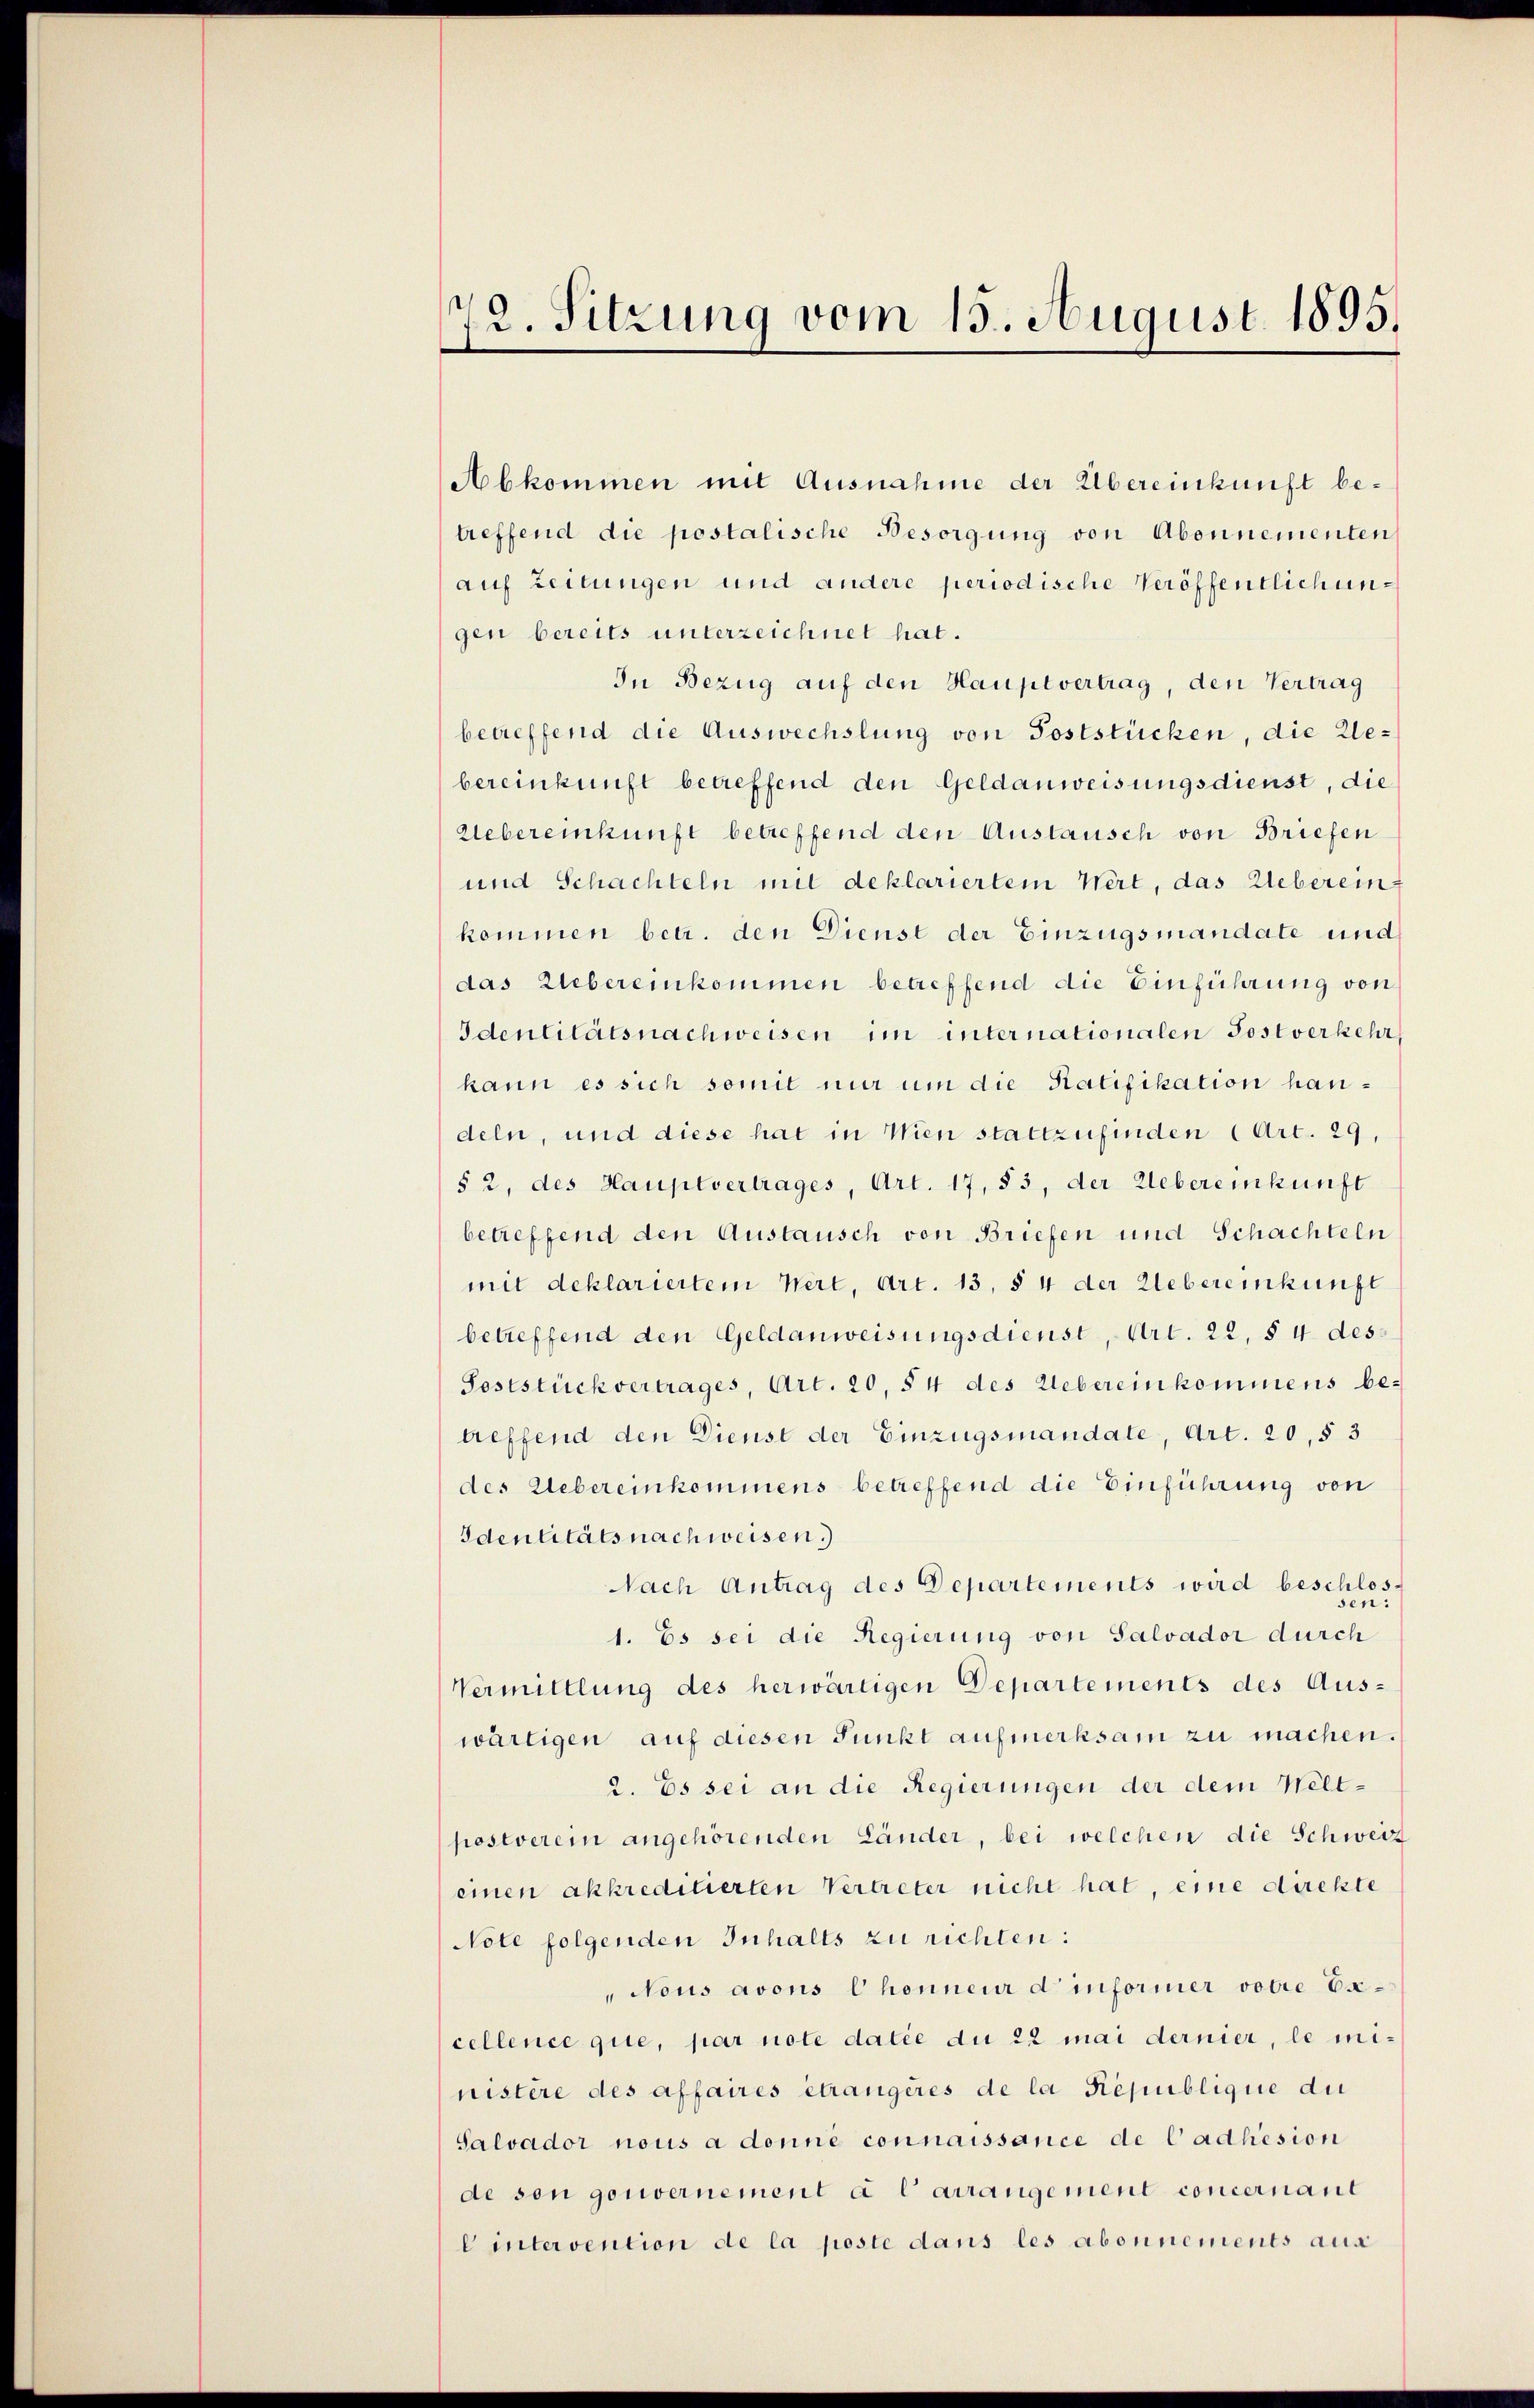
72. Sitzung vom 15. August 1895.

Abkommen mit Ausnahme der Übereinkunft betreffend die postolische Besorgung von Abonnementen
auf Zeitungen und andere periodische Veröffentlich ungen bereits unterzeichnet hat.
In Bezug auf den Hauptvertrag, den Vertrag
betreffend die Auswechslung von Poststücken, die Webereinkunft betreffend den Geldanweisungsdienst, die
Uebereinkunft betreffend den Austausch von Briefen
und Schachteln mit deklariertem Wert, das Ueberein-
kommen betr. den Dienst der Einzugsmandate und
das Uebereinkommen betreffend die Einführung von
Identitätsnachweisen im internationalen Postverkehr
kann es sich somit nur um die Ratifikation handeln, und diese hat in Wien stattzufinden (Art. 29,
§ 2, des Hauptvertrages, Art. 17, 83, der Uebereinkunft
betreffend den Austausch von Briefen und Schachteln
mit deklariertem Wert, Art. 13, § 4 der Uebereinkunft
betreffend den Geldanweisungsdienst, Art. 22, § 4 des¬
Feststück vertrages, Art. 20, § 4 des Uebereinkommens be-
treffend den Dienst der Einzugsmandate, Art. 20, § 3
des Uebereinkommens betreffend die Einführung von
Identitäts nachweisen.)
Nach Antrag des Departements wird beschlos¬
1. Es sei die Regierung von Salvador durch
Vermittlung des herwärtigen Departements des Auswärtigen auf diesen Punkt aufmerksam zu machen.
2. Es sei an die Regierungen der dem Weltpostverein angehörenden Länder, bei welchen die Schweiz
einen akkredicierten Vertreter nicht hat, eine direkte
Note folgenden Inhalts zu richten:
Nous avons Chonneur d informer votie Excellence que, par note datie du 22 mai dernier, le mi-
nistère des affaires étrangères de la République du
Salvador nous a donne connaissance de Cadhesion
de son gouvernement à l arrangement concernant
lintervention de la poste dans les abonnements aus